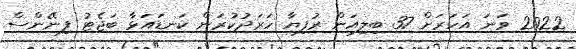
2022 ވަނަ އަހަރަށް 37 ބިލިއަން ރުފިޔާ ހަރަދުކުރަން ކަނޑައަޅާ ބަޖެޓު ފިނޭންސް